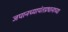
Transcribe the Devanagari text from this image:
जपानच्यापंतप्रधानाच्या